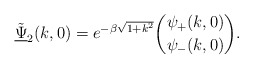
\begin{align*}\underline{\tilde{\Psi}}_{2}(k, 0) = e^{-\beta\sqrt{1+k^{2}}} \binom{\psi_{+}(k, 0)}{\psi_{-}(k,0)}. \end{align*}